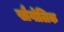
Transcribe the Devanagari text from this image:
खौगोलिक